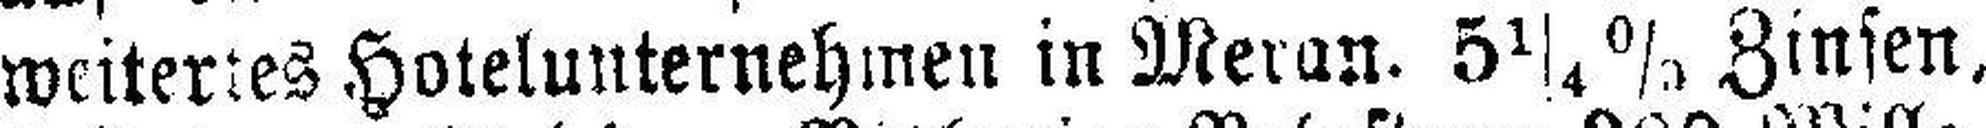
weitertes Hotelunternehmen in Meran. 5¼ % Zinsen,